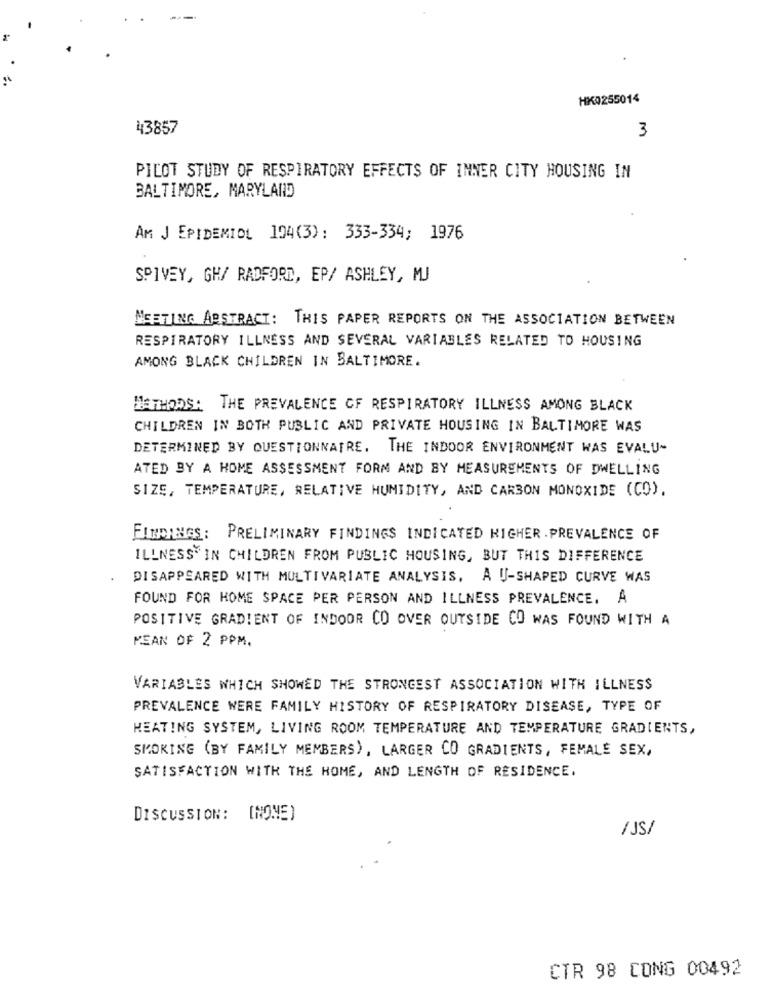
HK0255014
43857
3
PILOT STUDY OF RESPIRATORY EFFECTS OF INNER CITY HOUSING IN
BALTIMORE, MARYLAND
AM J EPIDEMIOL 104(3): 333-334; 1976
SPIVEY, GH/ RADFORD, EP/ ASHLEY, MJ
MEETING ABSTRACT: THIS PAPER REPORTS ON THE ASSOCIATION BETWEEN
RESPIRATORY ILLNESS AND SEVERAL VARIABLES RELATED TO HOUSING
AMONG BLACK CHILDREN IN BALTIMORE.
METHODS: THE PREVALENCE OF RESPIRATORY ILLNESS AMONG BLACK
CHILDREN IN BOTH PUBLIC AND PRIVATE HOUSING IN BALTIMORE WAS
DETERMINED BY QUESTIONNAIRE. THE INDOOR ENVIRONMENT WAS EVALU-
ATED BY A HOME ASSESSMENT FORM AND BY MEASUREMENTS OF DWELLING
SIZE, TEMPERATURE, RELATIVE HUMIDITY, AND CARBON MONOXIDE (CO),
FINDINGS: PRELIMINARY FINDINGS INDICATED HIGHER . PREVALENCE OF
ILLNESS IN CHILDREN FROM PUBLIC HOUSING, BUT THIS DIFFERENCE
DISAPPEARED WITH MULTIVARIATE ANALYSIS, A U-SHAPED CURVE WAS
FOUND FOR HOME SPACE PER PERSON AND ILLNESS PREVALENCE. A
POSITIVE GRADIENT OF INDOOR CO OVER OUTSIDE CO WAS FOUND WITH A
MEAN OF 2 PPM.
VARIABLES WHICH SHOWED THE STRONGEST ASSOCIATION WITH ILLNESS
PREVALENCE WERE FAMILY HISTORY OF RESPIRATORY DISEASE, TYPE OF
HEATING SYSTEM, LIVING ROOM TEMPERATURE AND TEMPERATURE GRADIENTS,
SMOKING (BY FAMILY MEMBERS), LARGER CO GRADIENTS, FEMALE SEX,
SATISFACTION WITH THE HOME, AND LENGTH OF RESIDENCE.
DISCUSSION: [NONE)
/ JS/
CTR 98 CONG 00492